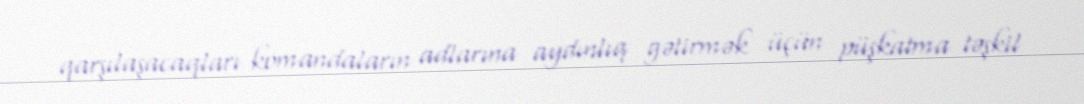
qarşılaşacaqları komandaların adlarına aydınlıq gətirmək üçün püşkatma təşkil